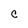
Character: C